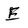
Character: E